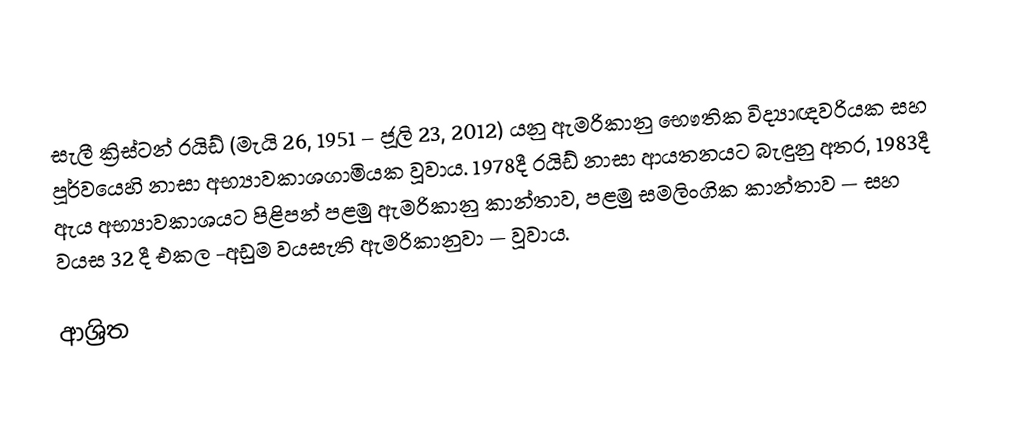
සැලී ක්‍රිස්ටන් රයිඩ් (මැයි 26, 1951 – ජූලි 23, 2012) යනු ඇමරිකානු භෞතික විද්‍යාඥවරියක සහ පූර්වයෙහි නාසා අභ්‍යාවකාශගාමියක වූවාය. 1978දී රයිඩ් නාසා ආයතනයට බැඳුනු අතර, 1983දී ඇය අභ්‍යාවකාශයට පිළිපන් පළමු ඇමරිකානු කාන්තාව, පළමු සමලිංගික කාන්තාව  — සහ වයස 32 දී එකල -අඩුම වයසැති ඇමරිකානුවා — වූවාය.

ආශ්‍රිත